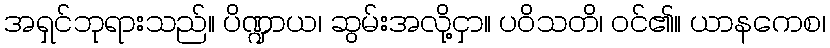
အရှင်ဘုရားသည်။ ပိဏ္ဍာယ၊ ဆွမ်းအလို့ငှာ။ ပဝိသတိ၊ ဝင်၏။ ယာနကေစ၊